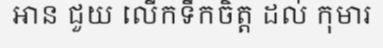
អាន ជួយ លើកទឹកចិត្ត ដល់ កុមារ